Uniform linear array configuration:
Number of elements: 12
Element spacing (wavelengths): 0.25
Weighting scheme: hamming
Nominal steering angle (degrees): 45
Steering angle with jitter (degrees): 43.111
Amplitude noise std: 0.05
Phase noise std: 0.05

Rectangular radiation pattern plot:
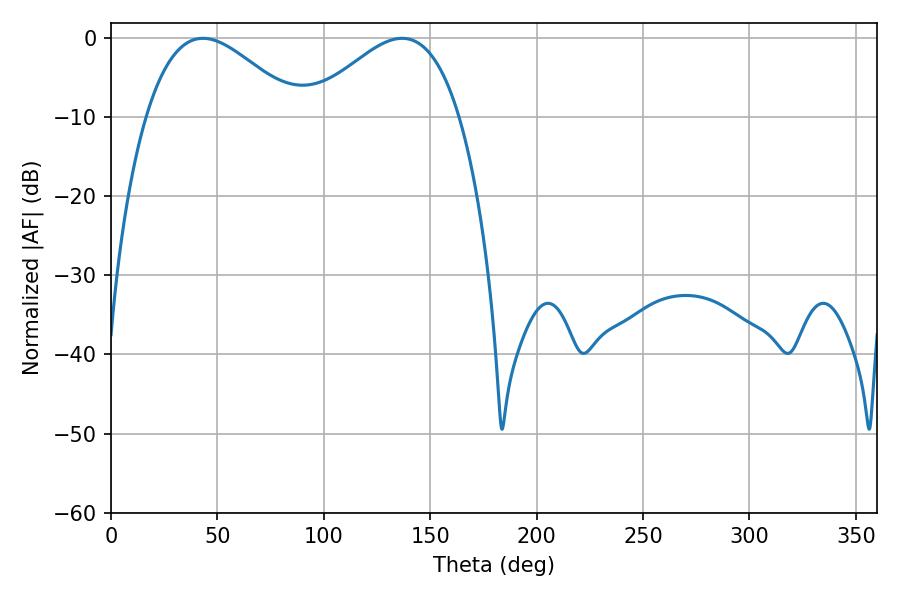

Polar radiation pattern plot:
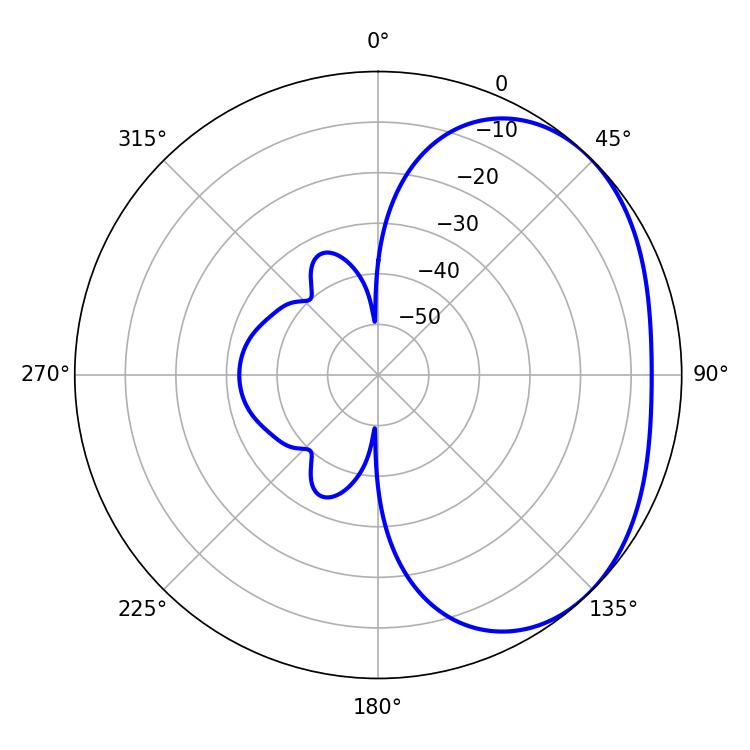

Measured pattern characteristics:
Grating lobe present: FALSE
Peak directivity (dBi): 2.697
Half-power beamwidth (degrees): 38.34
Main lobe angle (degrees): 43.2